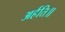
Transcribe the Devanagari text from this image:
अर्हति॥